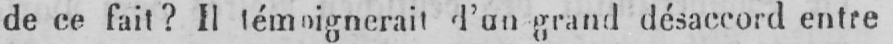
d’un grand désaccord entre